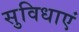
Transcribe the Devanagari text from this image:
सुविधाएं